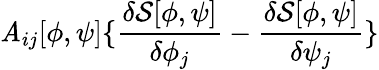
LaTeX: \mathit{A}_{ij}[\phi,\psi]\{ \frac{{\delta{\mathcal{{S}}}[\phi,\psi]}}{{\delta\phi_{j}}}-\frac{{\delta{\mathcal{{S}}}[\phi,\psi]}}{{\delta\psi_{j}}}\}